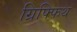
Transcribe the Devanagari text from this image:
ग्रिफ्फिथ